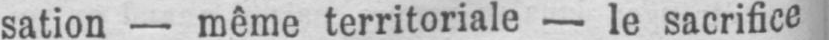
sation - même territoriale - le sacrifice